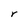
Character: r